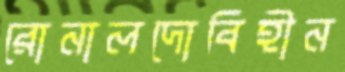
রোনালদোবিহীন